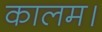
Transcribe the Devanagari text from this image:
कालम।